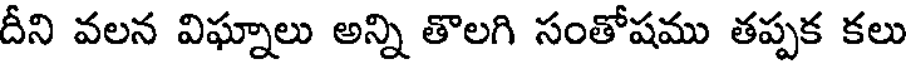
దీని వలన విఘ్నాలు అన్ని తొలగి సంతోషము తప్పక కలు